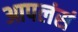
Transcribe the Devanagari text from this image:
आपलंसं